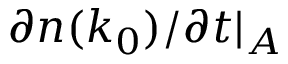
\partial n ( k _ { 0 } ) / \partial t \rvert _ { A }